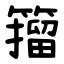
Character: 籀